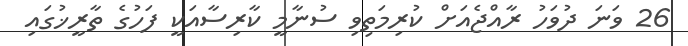
26 ވަނަ ދުވަހު ރާއްޖެއަށް ކުރިމަތިވި ސުނާމީ ކާރިސާއަކީ ފަހުގެ ތާރީޚުގައި